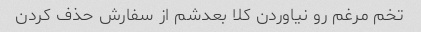
تخم مرغم رو نیاوردن کلا بعدشم از سفارش حذف کردن